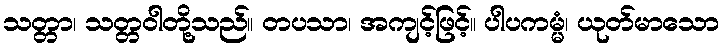
သတ္တာ၊ သတ္တဝါတို့သည်။ တပသာ၊ အကျင့်ဖြင့်။ ပါပကမ္မံ၊ ယုတ်မာသော